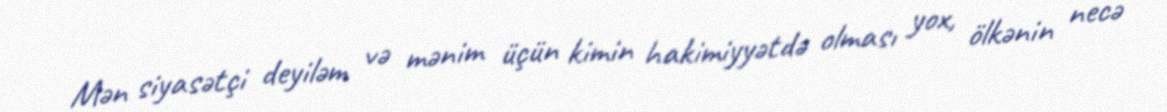
Mən siyasətçi deyiləm və mənim üçün kimin hakimiyyətdə olması yox, ölkənin necə